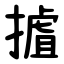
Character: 摣